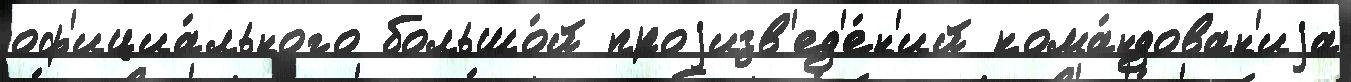
оф'ициа́льного большо́й проjизв'ед'е́н'ий кома́ндован'иjа